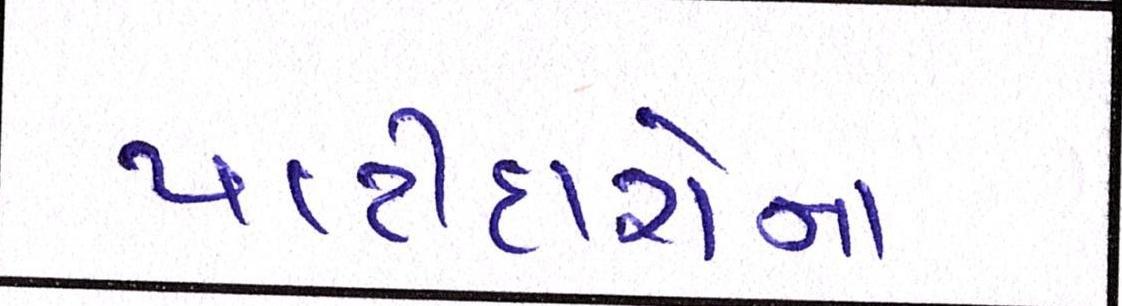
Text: પાટીદારોનાં